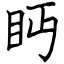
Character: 眄